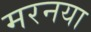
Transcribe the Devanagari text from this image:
मरनया